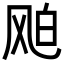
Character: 𩙦